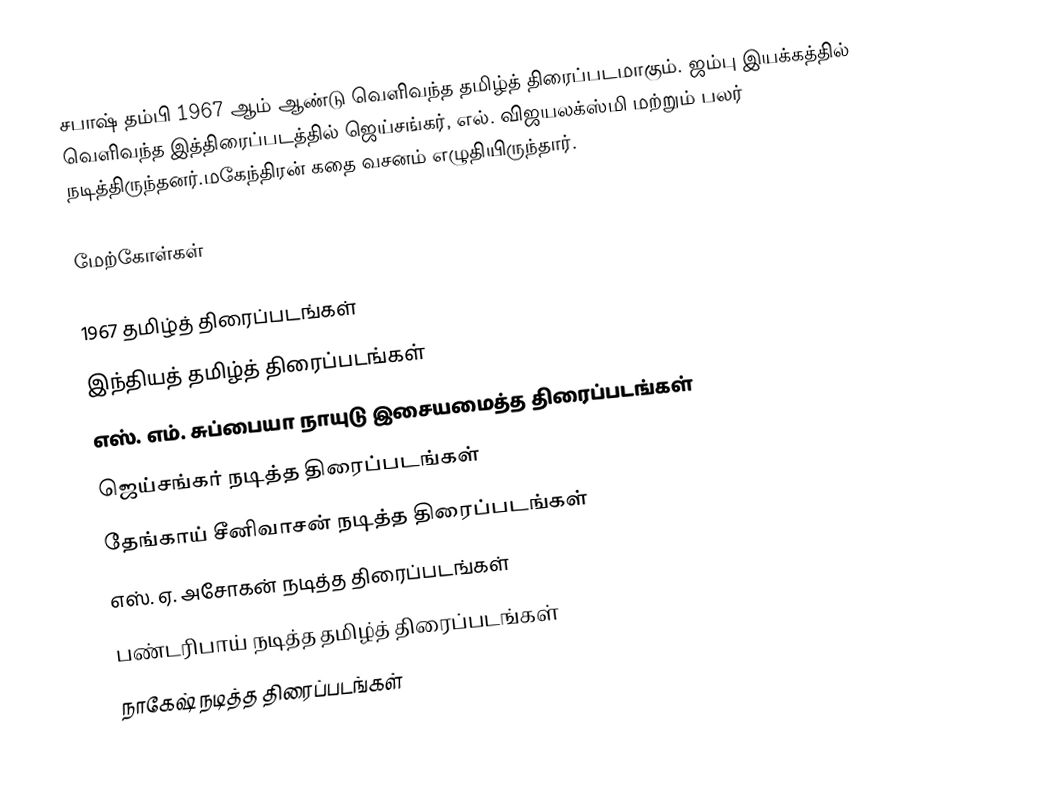
சபாஷ் தம்பி 1967 ஆம் ஆண்டு வெளிவந்த தமிழ்த் திரைப்படமாகும். ஜம்பு இயக்கத்தில் வெளிவந்த இத்திரைப்படத்தில் ஜெய்சங்கர், எல். விஜயலக்ஸ்மி மற்றும் பலர் நடித்திருந்தனர்.மகேந்திரன் கதை வசனம் எழுதியிருந்தார்.

மேற்கோள்கள்

1967 தமிழ்த் திரைப்படங்கள்
இந்தியத் தமிழ்த் திரைப்படங்கள்
எஸ். எம். சுப்பையா நாயுடு இசையமைத்த திரைப்படங்கள்
ஜெய்சங்கர் நடித்த திரைப்படங்கள்
தேங்காய் சீனிவாசன் நடித்த திரைப்படங்கள்
எஸ். ஏ. அசோகன் நடித்த திரைப்படங்கள்
பண்டரிபாய் நடித்த தமிழ்த் திரைப்படங்கள்
நாகேஷ் நடித்த திரைப்படங்கள்